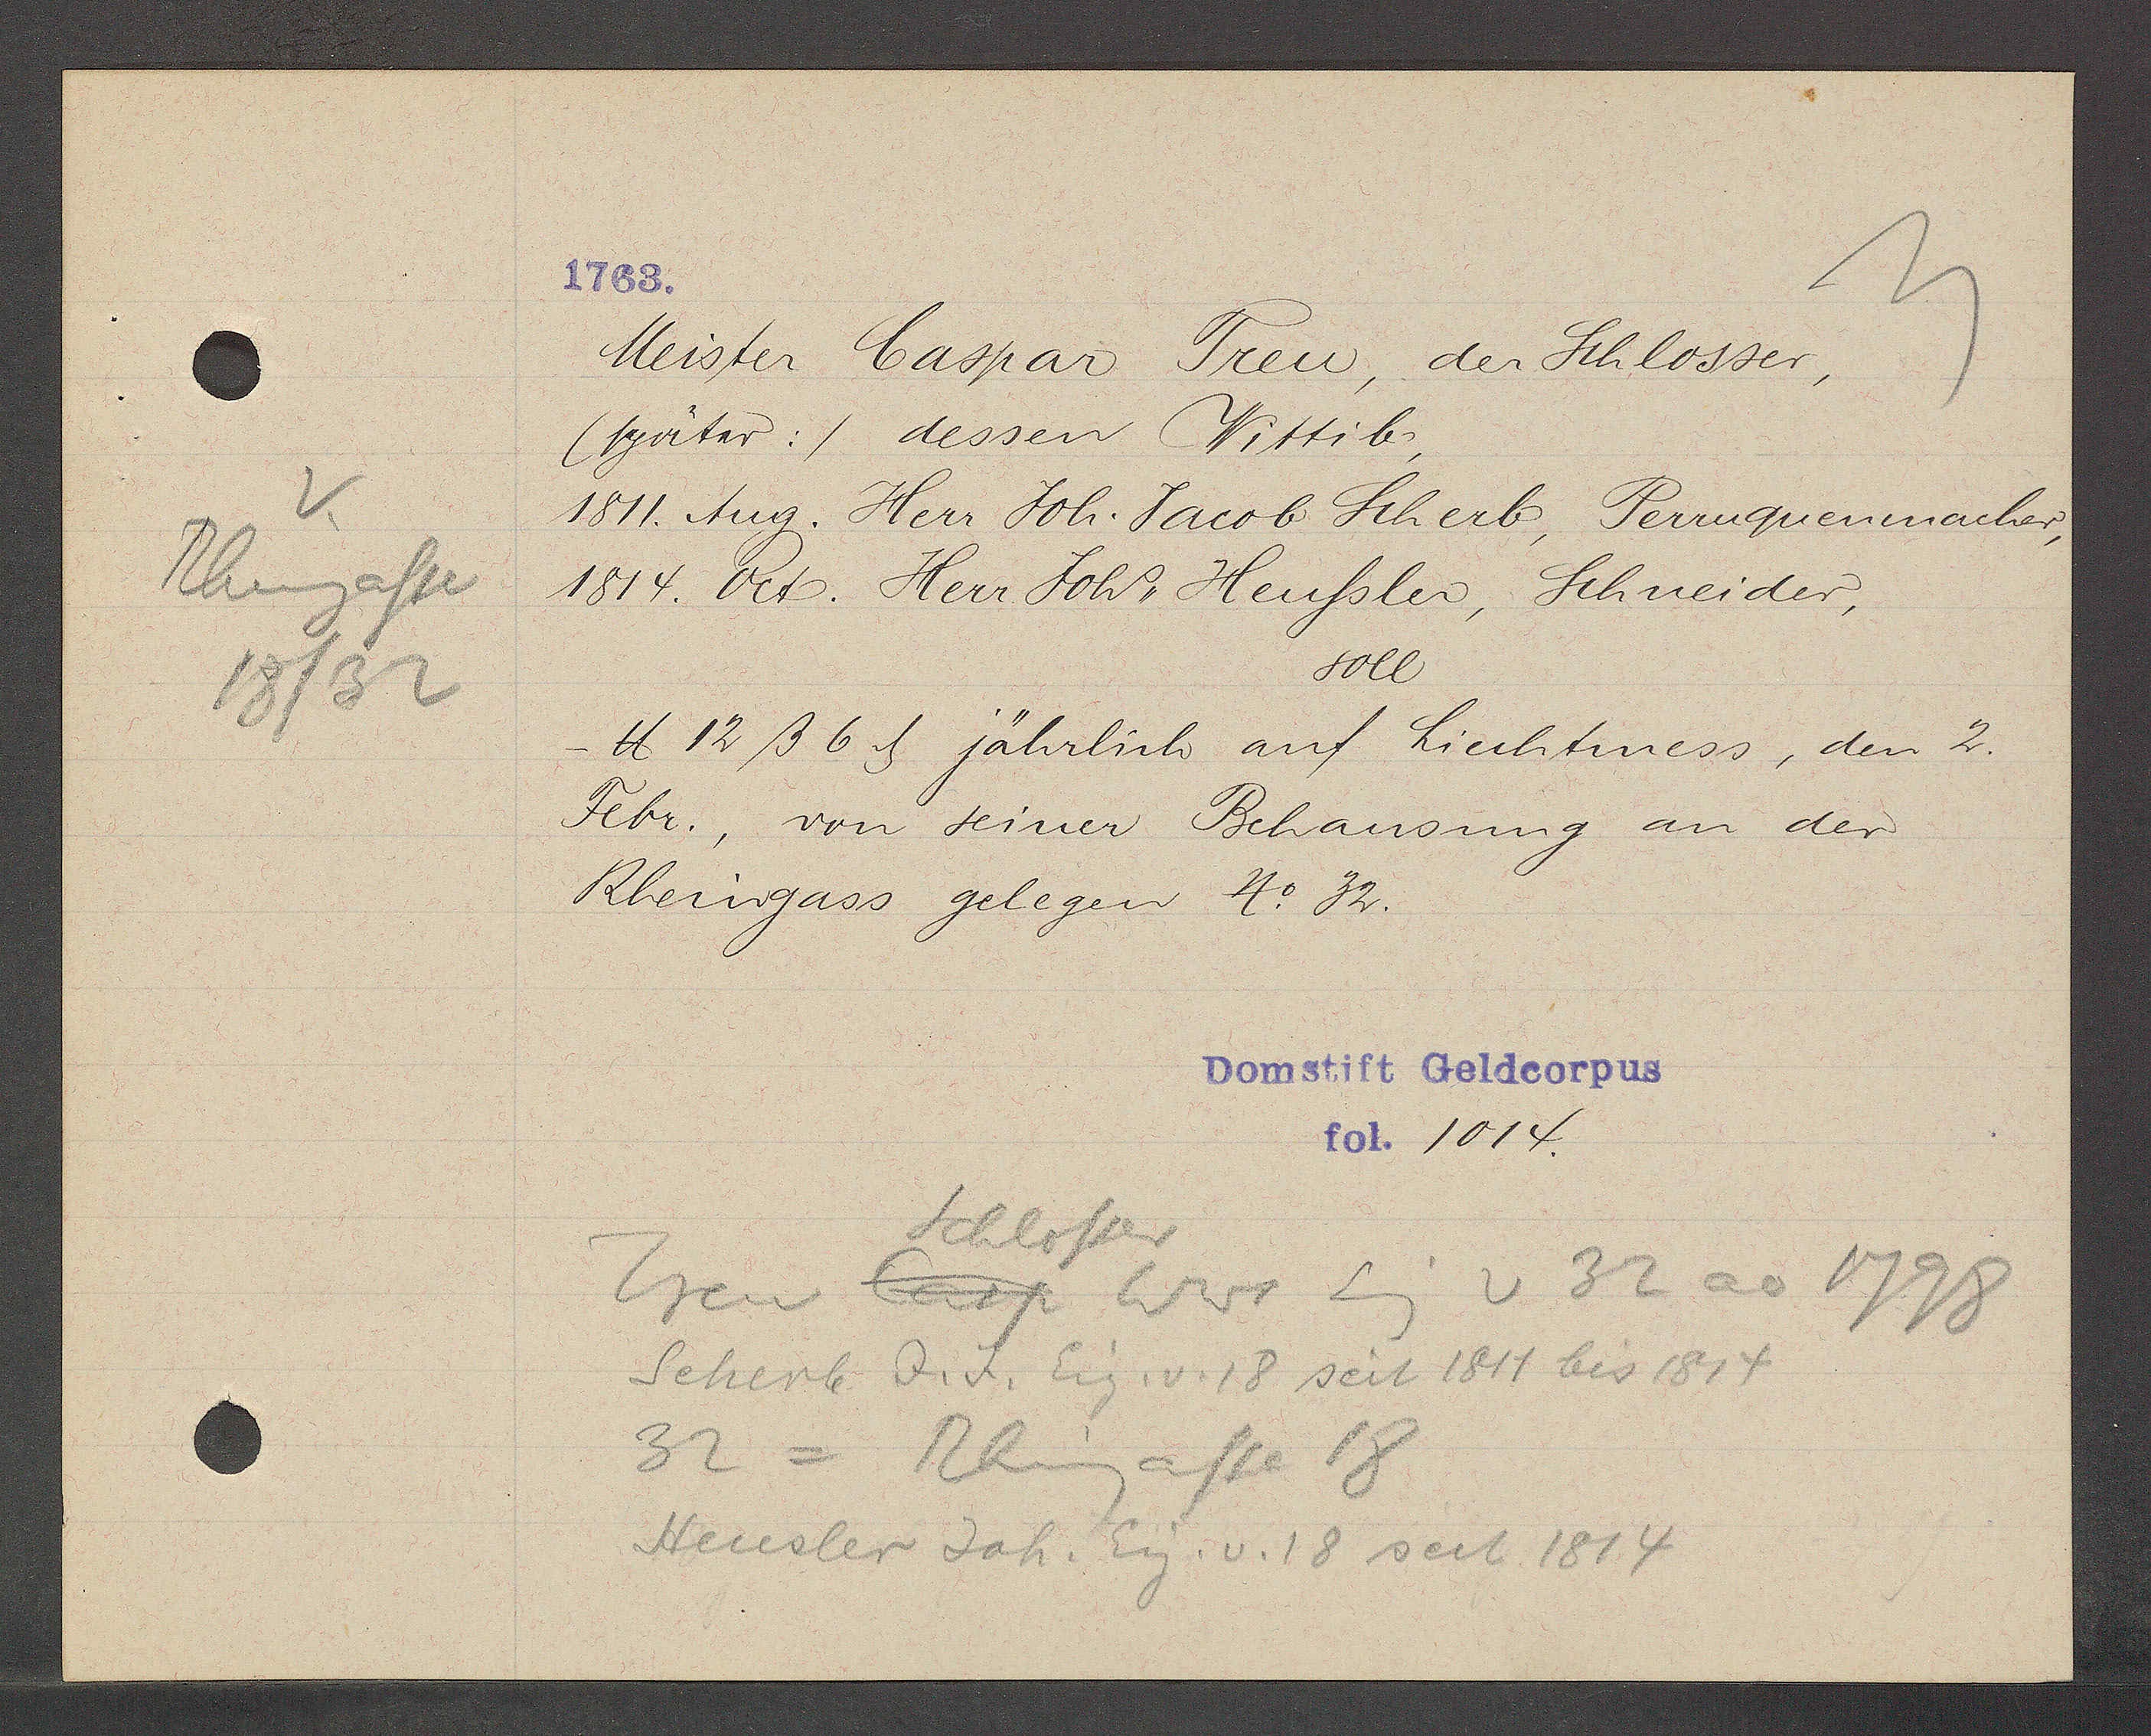
Transcript:
Rheingasse
18/32

1763.

Meister Caspar Treu, der Schlosser,
(später:) dessen Wittib,
1811. Aug. Herr Joh. Jacob Scherb, Perruquenmacher,
1814. Oct. Herr Joh. Heussler, Schneider,
soll
℔ 12ß 6ȡ jährlich auf Liechtmess, den 2.
Febr., von seiner Behausung an der
Rheingass gelegen
No 32.

Domstift Geldcorpus
fol. 1014.

Schlosser
Casp. Wwe Eig v 32 ao
Treu
1798
Scherb d. J. Eig. v. 18 seit 1811 bis 1814
32 = Rhingasse 18
Heusler Joh. Eig. v. 18 seit 1814